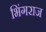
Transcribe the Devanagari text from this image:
भिंगराज